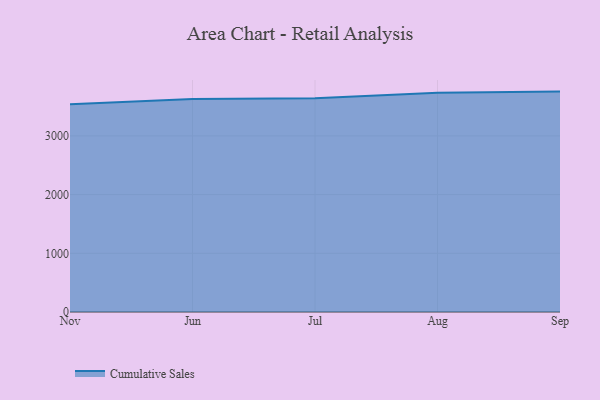
{"axis": {"x": "Month", "y": "Conversion Rate (%)"}, "legend": ["Cumulative Sales"], "data": [{"x": "Nov", "y": 3540.9, "type": "Cumulative Sales"}, {"x": "Jun", "y": 3628.8, "type": "Cumulative Sales"}, {"x": "Jul", "y": 3640.9, "type": "Cumulative Sales"}, {"x": "Aug", "y": 3733.6, "type": "Cumulative Sales"}, {"x": "Sep", "y": 3754.6, "type": "Cumulative Sales"}]}